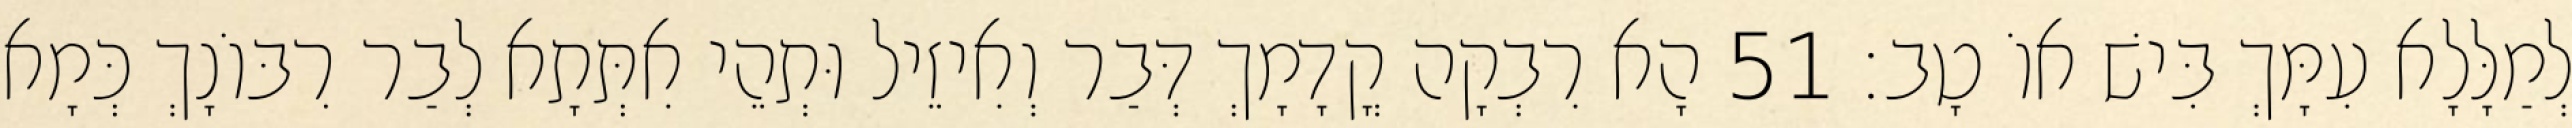
לְמַלָּלָא עִמָּךְ בִּישׁ אוֹ טָב׃ 51 הָא רִבְקָה קֳדָמָךְ דְּבַר וְאִיזֵיל וּתְהֵי אִתְּתָא לְבַר רִבּוֹנָךְ כְּמָא